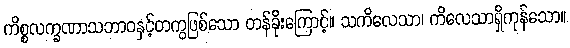
ကိစ္စလက္ခဏာသဘာဝနှင့်တကွဖြစ်သော တန်ခိုးကြောင့်။ သကိလေသာ၊ ကိလေသာရှိကုန်သော။